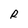
Character: R